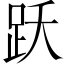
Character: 跃